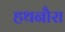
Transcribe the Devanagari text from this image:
हथनौरा